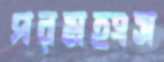
পরমহংস